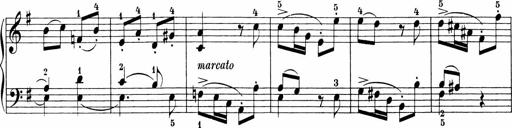
Title: Sonatinen Op.47, 98 und 136, nebst 6 Liedersonatinen
Composer: Carl Reinecke